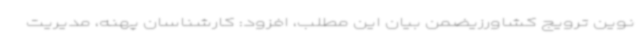
نوین ترویج کشاورزیضمن بیان این مطلب، افزود: کارشناسان پهنه، مدیریت